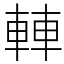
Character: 䡛